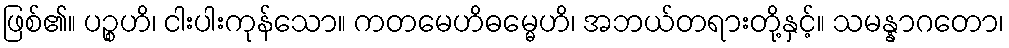
ဖြစ်၏။ ပဉ္စဟိ၊ ငါးပါးကုန်သော။ ကတမေဟိဓမ္မေဟိ၊ အဘယ်တရားတို့နှင့်။ သမန္နာဂတော၊